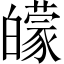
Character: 𤾬